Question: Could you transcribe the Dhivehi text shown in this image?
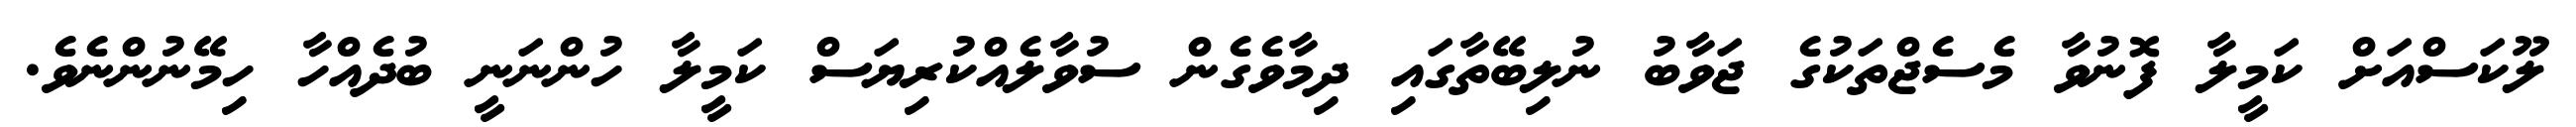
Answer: ލޫކަސްއަށް ކަމީލާ ފޮނުވާ މެސެޖްތަކުގެ ޖަވާބު ނުލިބޭތާގައި ދިމާވެގެން ސުވާލެއްކުރިޔަސް ކަމީލާ ހުންނަނީ ބުދެއްހާ ހިމޭނުންނެވެ.